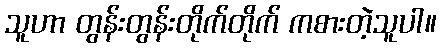
သူဟာ တွန်းတွန်းတိုက်တိုက် ကစားတဲ့သူပါ။